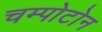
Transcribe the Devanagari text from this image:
चम्पोटोन